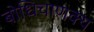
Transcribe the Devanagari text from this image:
बोधिचाणक्य